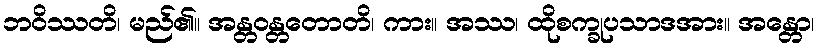
ဘဝိဿတိ၊ မည်၏။ အန္တဝန္တတောတိ၊ ကား။ အဿ၊ ထိုစက္ခုပသာဒအား။ အန္တော၊